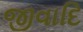
જીવાદિ